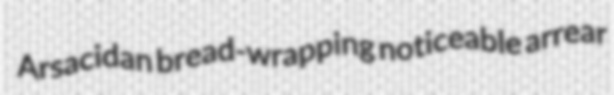
Arsacidan bread-wrapping noticeable arrear